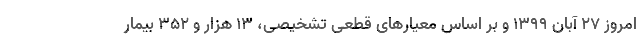
امروز ۲۷ آبان ۱۳۹۹ و بر اساس معیارهای قطعی تشخیصی، ۱۳ هزار و ۳۵۲ بیمار